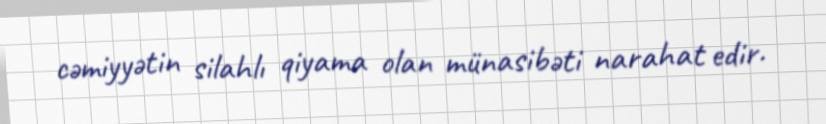
cəmiyyətin silahlı qiyama olan münasibəti narahat edir.